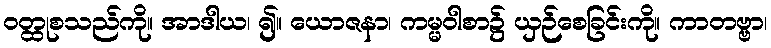
ဝတ္ထုစသည်ကို။ အာဒါယ၊ ၍။ ယောဇနာ၊ ကမ္မဝါစာ၌ ယှဉ်စေခြင်းကို။ ကာတဗ္ဗာ၊